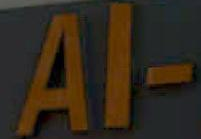
Al-